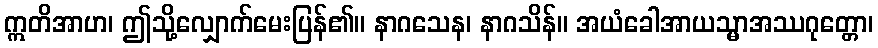
ဣတိအာဟ၊ ဤသို့လျှောက်မေးပြန်၏။ နာဂသေန၊ နာဂသိန်။ အယံခေါအာယသ္မာအဿဂုတ္တော၊